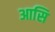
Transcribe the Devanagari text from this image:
आसि